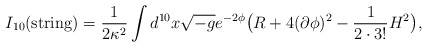
\begin{align*}{I_{10}({\rm string}) = {1\over 2\kappa^2}\int d^{10} x \sqrt {-g}e^{-2\phi} \big(R + 4 (\partial\phi)^2 - {1\over 2\cdot 3!} H^2 \big),}\end{align*}